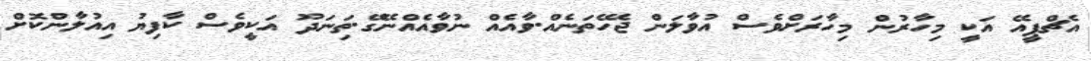
އެޗްޕީއޭ އަކީ މިހާރުން މިހާރަށްވެސް އުވާލަން ޖެހޭތަނެއް.ވާއެއް ނުވާއެއްނޭގޭ.ތިަނަދޫ އަކީވެސް ކާފިޔު އިއުލާންކޮށް